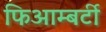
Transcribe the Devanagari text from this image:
फिआम्बर्टी